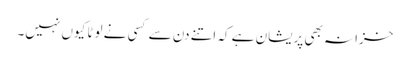
خزانہ بھی پریشان ہے کہ اتنے دن سے کسی نے لوٹا کیوں نہیں۔